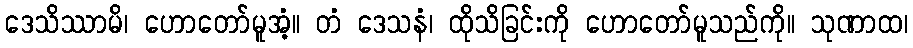
ဒေသိဿာမိ၊ ဟောတော်မူအံ့။ တံ ဒေသနံ၊ ထိုသိခြင်းကို ဟောတော်မူသည်ကို။ သုဏာထ၊